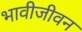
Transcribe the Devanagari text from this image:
भावीजीवन